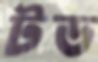
টড